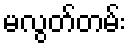
မလွတ်တမ်း